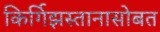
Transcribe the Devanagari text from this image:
किर्गिझस्तानासोबत